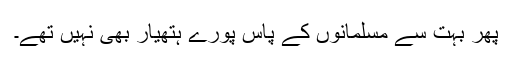
پھر بہت سے مسلمانوں کے پاس پورے ہتھیار بھی نہیں تھے۔